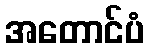
အတောင်ပံ